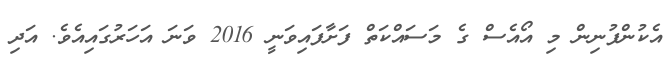
އެކުންފުނިން މި އޯއެސް ގެ މަސައްކަތް ފަށާފައިވަނީ 2016 ވަނަ އަހަރުގައިއެވެ. އަދި